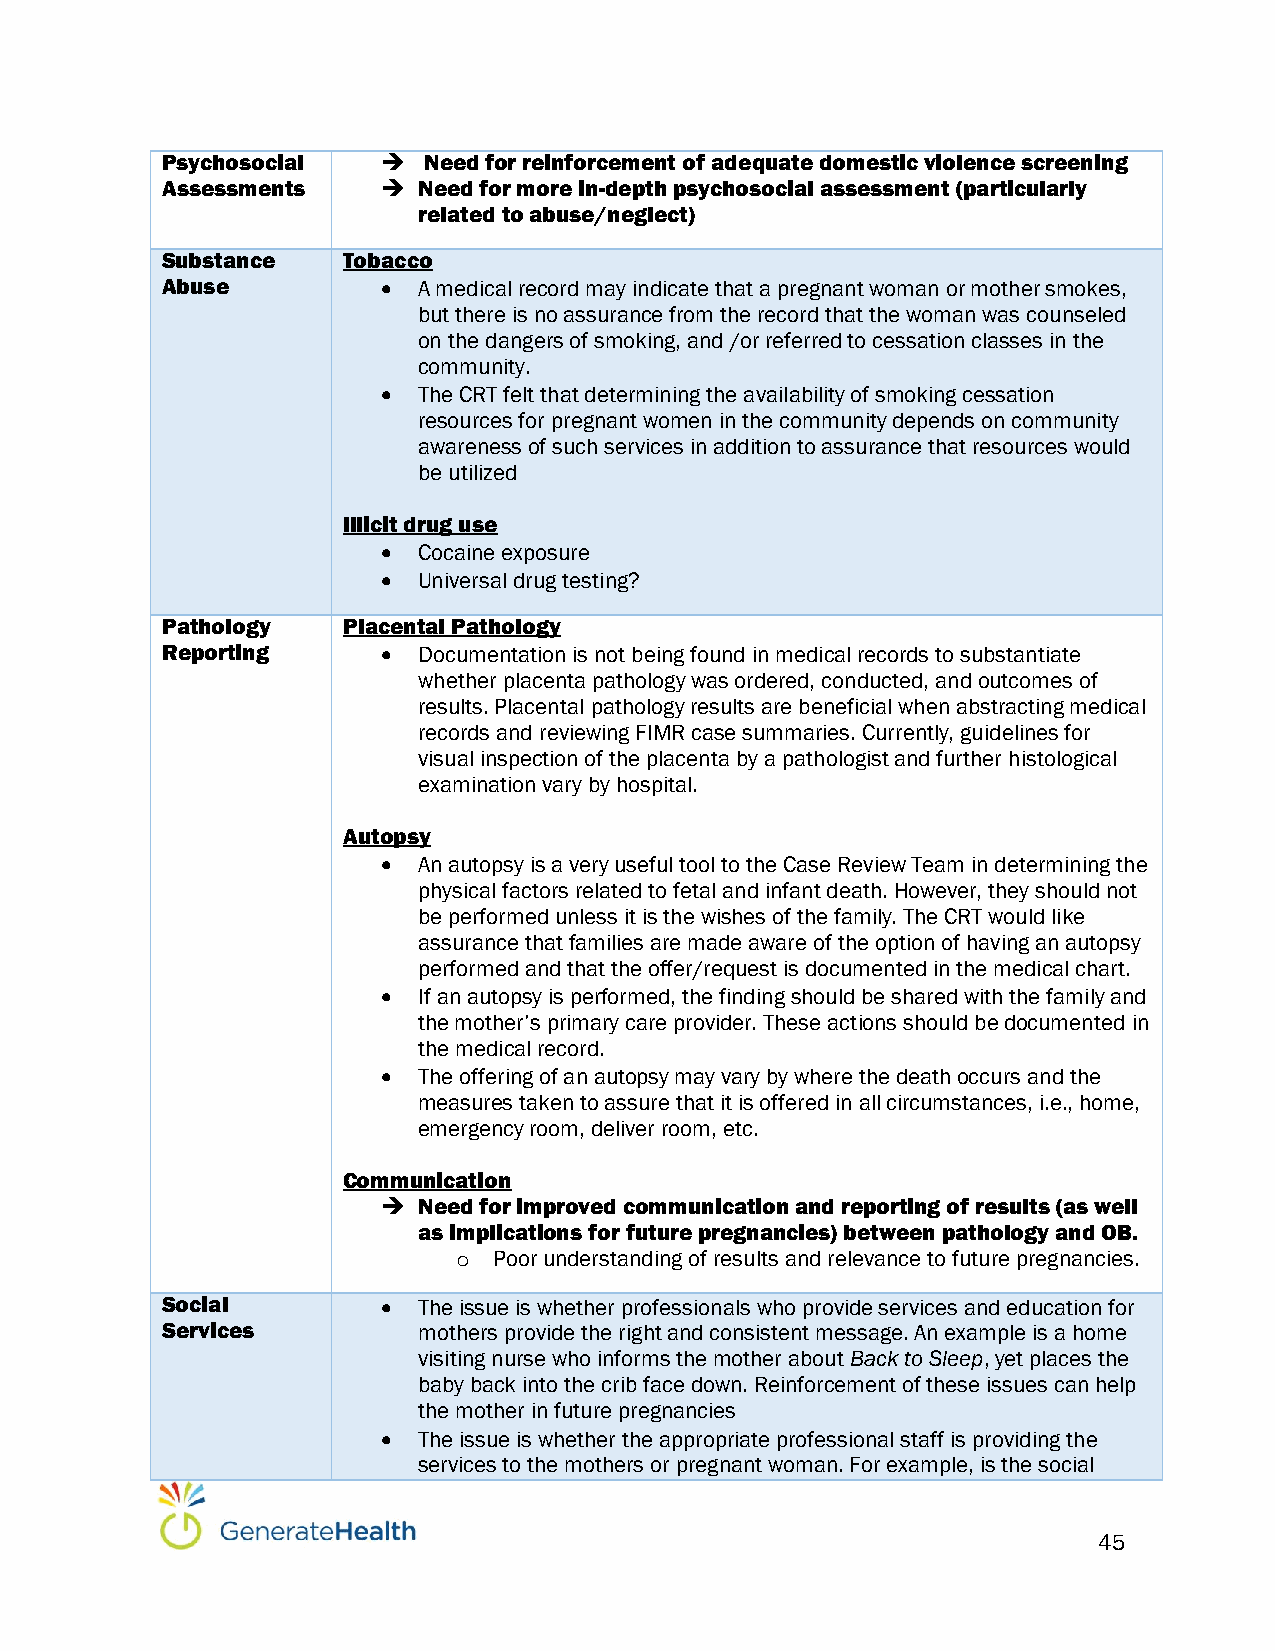
Psychosocial    Need for reinforcement of adequate domestic violence screening
 Assessments     Need for more in-depth psychosocial assessment (particularly
 related to abuse/neglect)
 Substance   Tobacco
 Abuse           A medical record may indicate that a pregnant woman or mother smokes,
 but there is no assurance from the record that the woman was counseled
 on the dangers of smoking, and /or referred to cessation classes in the
 community.
   The CRT felt that determining the availability of smoking cessation
 resources for pregnant women in the community depends on community
 awareness of such services in addition to assurance that resources would
 be utilized
 Illicit drug use
   Cocaine exposure
   Universal drug testing?
 Pathology   Placental Pathology
 Reporting       Documentation is not being found in medical records to substantiate
 whether placenta pathology was ordered, conducted, and outcomes of
 results. Placental pathology results are beneficial when abstracting medical
 records and reviewing FIMR case summaries. Currently, guidelines for
 visual inspection of the placenta by a pathologist and further histological
 examination vary by hospital.
 Autopsy
   An autopsy is a very useful tool to the Case Review Team in determining the
 physical factors related to fetal and infant death. However, they should not
 be performed unless it is the wishes of the family. The CRT would like
 assurance that families are made aware of the option of having an autopsy
 performed and that the offer/request is documented in the medical chart.
   If an autopsy is performed, the finding should be shared with the family and
 the mother’s primary care provider. These actions should be documented in
 the medical record.
   The offering of an autopsy may vary by where the death occurs and the
 measures taken to assure that it is offered in all circumstances, i.e., home,
 emergency room, deliver room, etc.
 Communication
   Need for improved communication and reporting of results (as well
 as implications for future pregnancies) between pathology and OB.
 o  Poor understanding of results and relevance to future pregnancies.
 Social          The issue is whether professionals who provide services and education for
 Services         mothers provide the right and consistent message. An example is a home
 visiting nurse who informs the mother about Back to Sleep, yet places the
 baby back into the crib face down. Reinforcement of these issues can help
 the mother in future pregnancies
   The issue is whether the appropriate professional staff is providing the
 services to the mothers or pregnant woman. For example, is the social
 45